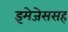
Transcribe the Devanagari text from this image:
इमेजेससह